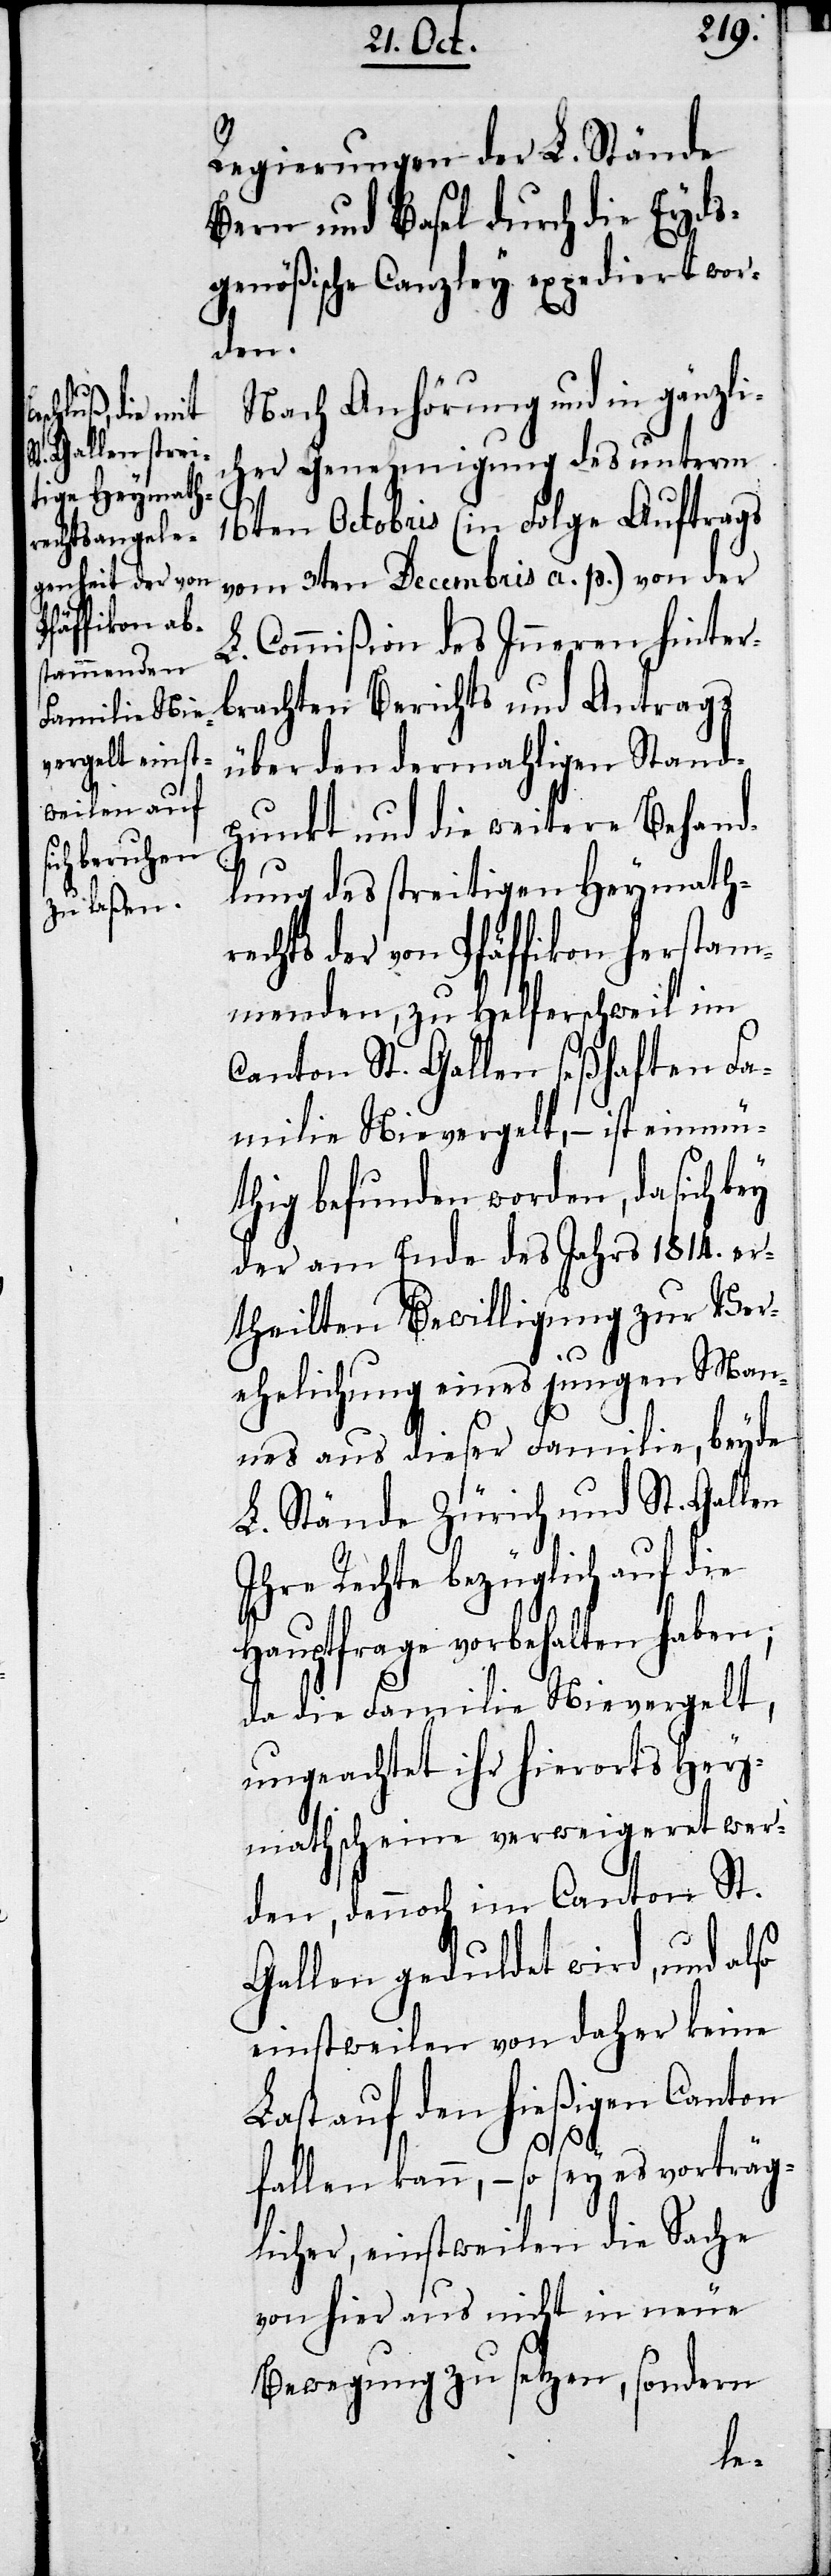
Regierungen der L. Stände
Bern und Basel durch die Eyds¬
genößische Canzley expediert wor¬
den.
Nach Anhörung und in gänzli¬
cher Genehmigung des unterm
16ten Octobris (in Folge Auftrags
vom 3ten Decembris a. p.) von der
L. Commißion des Inneren hinter¬
brachten Berichts und Antrags
über den dermahligen Stand¬
punkt und die weitere Behand¬
lung des streitigen Heymath¬
rechts der von Pfäffikon herstam¬
menden, zu Helferschweil im
Canton St. Gallen seßhaften Fa¬
milie Nievergelt, – ist einmü¬
thig befunden worden, da sich bey
der am Ende des Jahres 1814. er¬
theilten Bewilligung zur Ver¬
ehelichung eines jungen Man¬
nes aus dieser Familie, beyde
L. Stände Zürich und St. Gallen
Ihre Rechte bezüglich auf die
Hauptfrage vorbehalten haben,
da die Familie Nievergelt,
ungeachtet ihr hierorts Hey¬
mathscheine verweigeret wer¬
den, dennoch im Canton St.
Gallen geduldet wird, und also
einstweilen von daher keine
Last auf den hießigen Canton
fallen kann, – so sey es vorträg¬
licher, einstweilen die Sache
von hier aus nicht in neue
Bewegung zu setzen, sondern